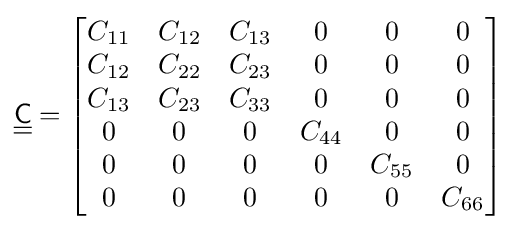
{\underline {\underline {\mathsf {C}}}}={\begin{bmatrix}C_{11}&C_{12}&C_{13}&0&0&0\\C_{12}&C_{22}&C_{23}&0&0&0\\C_{13}&C_{23}&C_{33}&0&0&0\\0&0&0&C_{44}&0&0\\0&0&0&0&C_{55}&0\\0&0&0&0&0&C_{66}\end{bmatrix}}